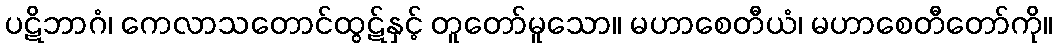
ပဋိဘာဂံ၊ ကေလာသတောင်ထွဋ်နှင့် တူတော်မူသော။ မဟာစေတီယံ၊ မဟာစေတီတော်ကို။